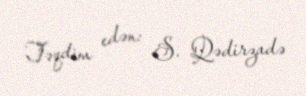
Təqdim edən: S. Qədirzadə